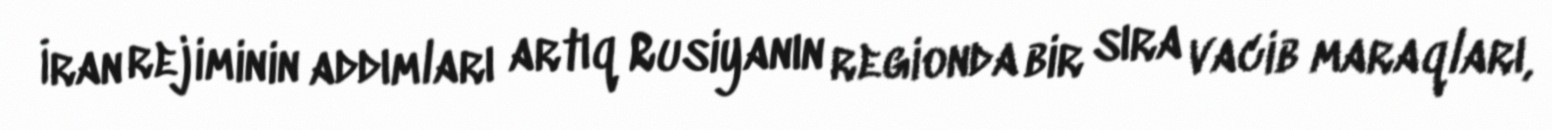
İran rejiminin addımları artıq Rusiyanın regionda bir sıra vacib maraqları,